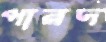
পারদ